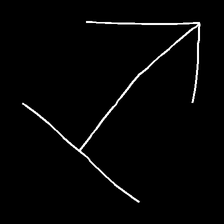
Glyph: levitation